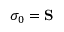
\sigma _ { 0 } = \mathbf { S }